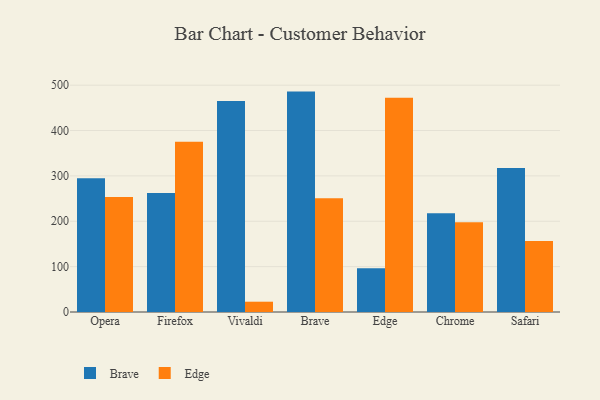
{"axis": {"x": "Browser", "y": "Humidity (%)"}, "legend": ["Brave", "Edge"], "data": [{"x": "Opera", "y": 294.6, "type": "Brave"}, {"x": "Opera", "y": 253.7, "type": "Edge"}, {"x": "Firefox", "y": 262.1, "type": "Brave"}, {"x": "Firefox", "y": 375.3, "type": "Edge"}, {"x": "Vivaldi", "y": 464.9, "type": "Brave"}, {"x": "Vivaldi", "y": 22.7, "type": "Edge"}, {"x": "Brave", "y": 485.8, "type": "Brave"}, {"x": "Brave", "y": 250.5, "type": "Edge"}, {"x": "Edge", "y": 96.7, "type": "Brave"}, {"x": "Edge", "y": 472.3, "type": "Edge"}, {"x": "Chrome", "y": 217.4, "type": "Brave"}, {"x": "Chrome", "y": 197.9, "type": "Edge"}, {"x": "Safari", "y": 317.2, "type": "Brave"}, {"x": "Safari", "y": 156.5, "type": "Edge"}]}